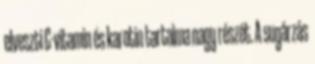
elveszti C-vitamin és karotin tartalma nagy részét. A sugárzás